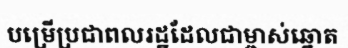
បម្រើប្រជាពលរដ្ឋដែលជាម្ចាស់ឆ្នោត